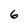
Character: 6